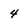
Character: 4